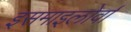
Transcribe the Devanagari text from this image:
इसमाइलोर्वा